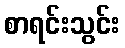
စာရင်းသွင်း